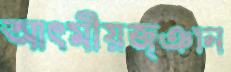
আত্মীয়জ্ঞান